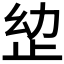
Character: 𭭠